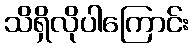
သိရှိလိုပါကြောင်း